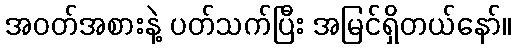
အဝတ်အစားနဲ့ ပတ်သက်ပြီး အမြင်ရှိတယ်နော်။